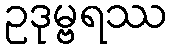
ဥဒုမ္ဗရဿ